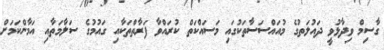
ގާސިމް ވިދާޅުވީ ދައުލަތުގެ މުއައްސަސާތަކުގައި މަސައްކަތް ކުރައްވާ ފަރާތްތަކާއި ގައުމުގެ ސަލާމަތާއި އަމާންކަމަށް